King Institute of Preventive Medicine Micro-Biological Section reports 1912-19
Year: 1912
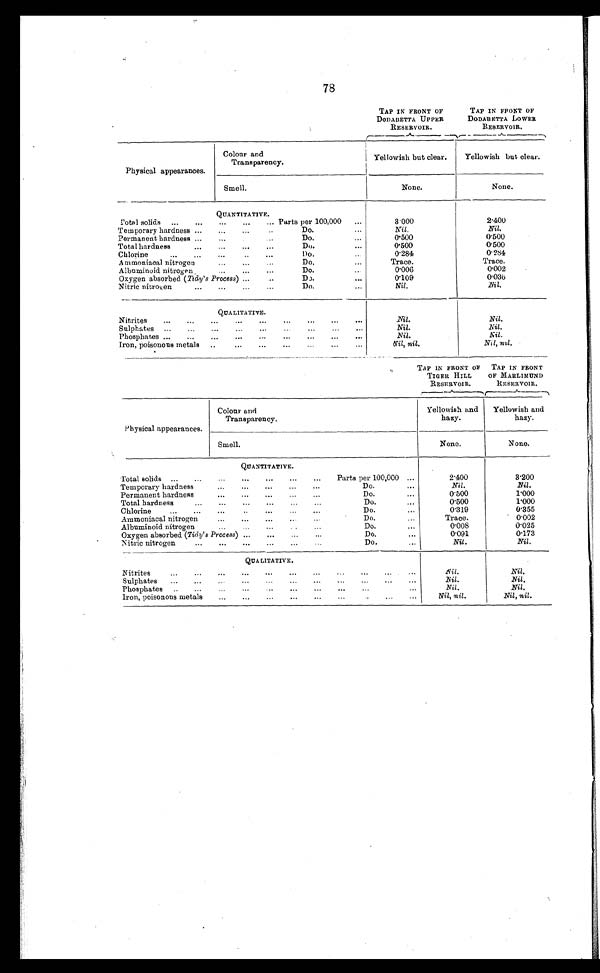
78
TAP IN FRONT OF
TAP IN FRONT OF
DODABETTA UPPER
DODABETTA LOWER
RESERVOIR.
RESERVOIR.
Physical appearances.
Colour and
Transparency.
Yellowish but clear.
Yellowish but clear.
Smell.
None.
None.
QUANTITATIVE.
Total solids ...
...
...
... Parts per 100,000
...
3.000
2.400
Temporary hardness ...
...
..
Do.
...
Nil.
Nil.
Permanent hardness ...
...
...
Do.
...
0.500
0.500
Total hardness
...
...
...
...
Do.
0.500
0.500
Chlorine
...
...
...
Do.
0.284
0.284
Ammoniacal nitrogen
...
...
Do.
...
Trace.
Trace.
Albuminoid nitrogen
...
...
...
Do.
0.006
0.002
Oxygen absorbed ( Tidy's Process) ...
...
Do
...
0.109
0.036
Nitric nitrogen
...
...
...
Do.
Nil.
Nil.
QUALITATIVE.
Nitrites
...
......
...
...
...
...
Nil.
Nil.
Sulphates ...
...
...
...
Nil.
Nil.
Phosphates ...
...
...
...
...
Nil.
Nil.
Iron, poisonous metals ..
...
...
.
..
...
.
N i l , n i l .
Nil, nil.
TAP IN FRONT OF
TIGER HILL
RESERVOIR.
TAP IN FRONT
OF MARLIMUND
RESERVOIR.
Colour and
Transparency.
Physical appearances.
Yellowish and
hazy.
Yellowish and
hazy.
Smell.
N o n e .
None.
QUANTITATIVE.
Total solids ...
...
...
...
...
...
...
Parts per 100,000 ...
2.400
3.200
Temporary hardness
...
...
...
...
Do....
N i l
.
Nil.
Permanent hardness
...
...
...
...
...
Do....
0 . 5 0 0
1.000
Total hardness
...
...
...
...
...
...
Do....
0 . 5 0 0
1.000
Chlorine
...
...
...
..
...
...
...
Do.
...
0.319
0.355
Ammoniacal nitrogen
...
...
...
...
Do.
Trace.
0.002
Albuminoid nitrogen
...
...
...
..
...
Do.
...
0.008
0.025
Oxygen absorbed (Tidy's Process) ...
...
...
Do. . . .
0.091
0.173
Nitric nitrogen
...
...
...
...
...
Do.
Nil.
Nil.
QUALITATIVE.
Nitrites
...
...
...
...
...
.....
...
Nil.
Nil.
Sulphates
...
...
...
...
...
......
...
...
Nil.
Nil.
Phosphates ..
...
...
...
...
...
...
...
Nil.
Nil.
Iron, poisonous metals
...
...
...
...
...
Nil, nil.
Nil, nil.